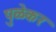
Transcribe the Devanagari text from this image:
पुळेकर